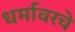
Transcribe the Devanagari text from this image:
धर्मावरचे